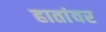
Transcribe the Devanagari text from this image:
हातांवर